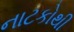
નાટકોથી